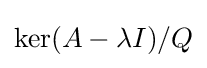
\ker(A-\lambda I)/Q